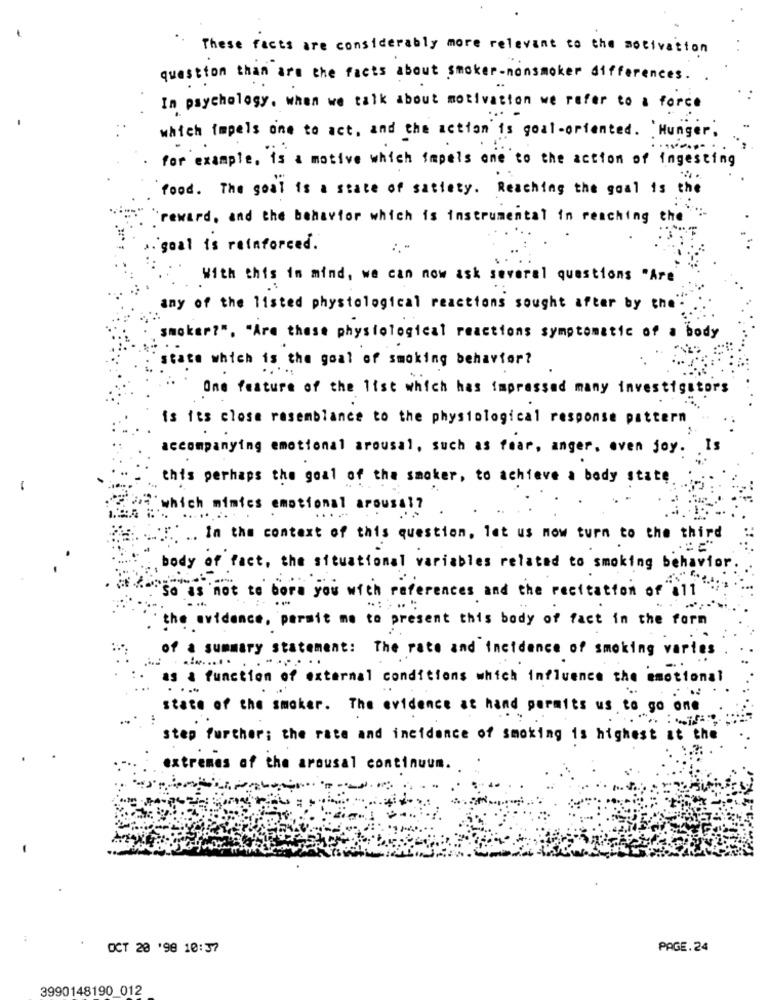
These facts are considerably more relevant to the motivation
question than are the facts about smoker-nonsmoker differences.
In psychology. when we talk about motivation we refer to a force
which impels one to act, and the action is goal-oriented. Hunger,
for example, is a motive which impels one to the action of ingesting
food. The goal is a state of satiety. Reaching the goal is the
reward, and the behavior which is instrumental in reaching the
goal is reinforced.
With this in mind, we can now ask several questions "Are
any of the listed physiological reactions sought after by the
smoker?", "Are these physiological reactions symptomatic of a body
state which is the goal of smoking behavior?
One feature of the list which has impressed many investigators
is its close resemblance to the physiological response pattern
accompanying emotional arousal, such as fear, anger, even joy.
Is
this perhaps the goal of the smoker, to achieve a body state
which mimics emotional arousal?
.....
:. .. In the context of this question, let us now turn to the third
body of fact, the situational variables related to smoking behavior.
So as not to bora you with references and the recitation of a11
the evidence, permit me to present this body of fact in the form
of a summary statement: The rate and incidence of smoking varies
........ .
.....
as a function of external conditions which influence the emotional
state of the smoker. The evidence at hand permits us to go one
step further; the rate and incidence of smoking is highest at the
extremes of the arousal continuum.
:
OCT 20 198 10:37
PAGE. 24
3990148190 012